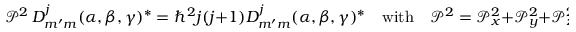
{ \mathcal { P } } ^ { 2 } \, D _ { m ^ { \prime } m } ^ { j } ( \alpha , \beta , \gamma ) ^ { * } = \hbar ^ { 2 } j ( j + 1 ) D _ { m ^ { \prime } m } ^ { j } ( \alpha , \beta , \gamma ) ^ { * } \quad { \mathrm { w i t h } } \quad { \mathcal { P } } ^ { 2 } = { \mathcal { P } } _ { x } ^ { 2 } + { \mathcal { P } } _ { y } ^ { 2 } + { \mathcal { P } } _ { z } ^ { 2 } ,